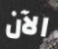
الآن